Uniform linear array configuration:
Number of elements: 48
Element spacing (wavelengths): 1
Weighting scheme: binomial
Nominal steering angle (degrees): -45
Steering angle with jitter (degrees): -46.652
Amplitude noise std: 0.05
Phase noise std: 0.05

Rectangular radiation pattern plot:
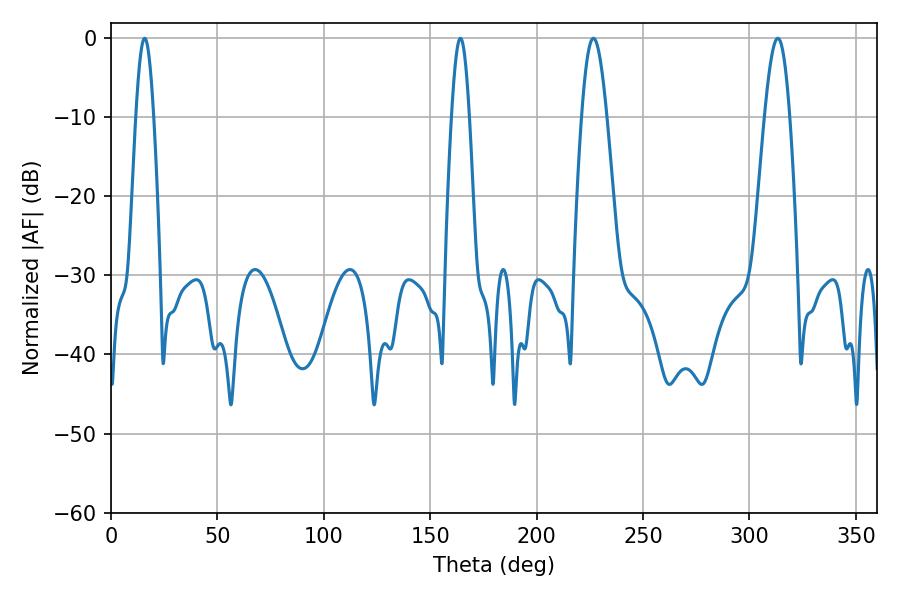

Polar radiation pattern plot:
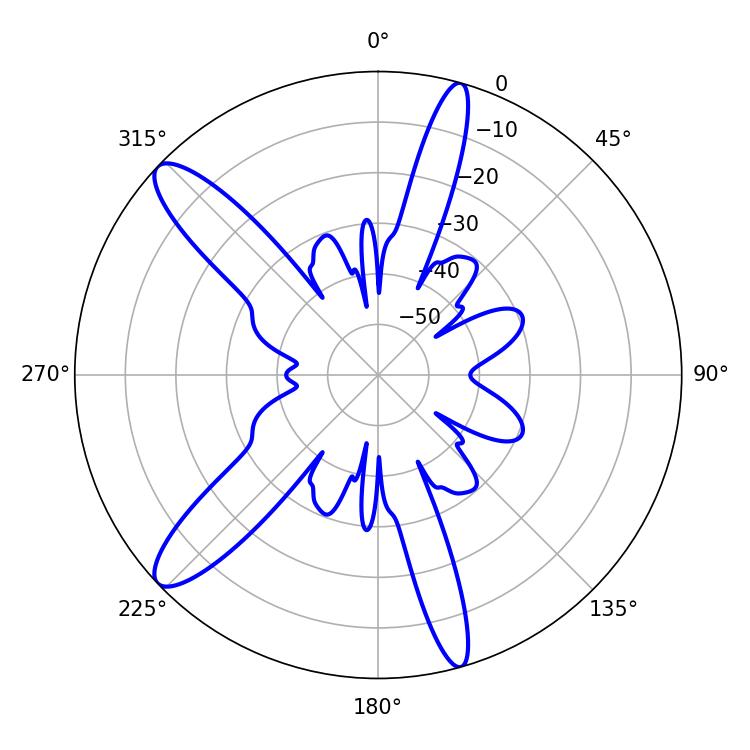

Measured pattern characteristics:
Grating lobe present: TRUE
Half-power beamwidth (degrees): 4.5
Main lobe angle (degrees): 15.84